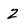
Character: 2